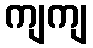
ကျကျ